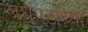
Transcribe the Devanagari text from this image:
लघुपटांच्या